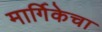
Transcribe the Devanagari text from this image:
मार्गिकेचा